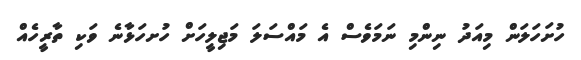
ހުށަހަލަން މިއަދު ނިންމި ނަމަވެސް އެ މައްސަލަ މަޖިލީހަށް ހުށހަޅާނެ ވަކި ތާރީހެއް